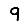
Digit: 9